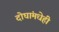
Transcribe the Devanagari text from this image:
दोघांमधेही